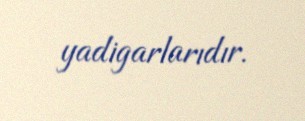
yadigarlarıdır.